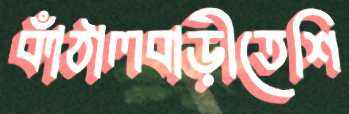
কাঁঠালবাড়ীতেশি